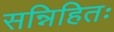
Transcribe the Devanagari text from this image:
सन्निहितः